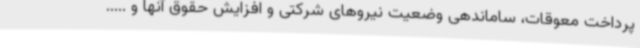
پرداخت معوقات، ساماندهی وضعیت نیروهای شرکتی و افزایش حقوق آنها و .....